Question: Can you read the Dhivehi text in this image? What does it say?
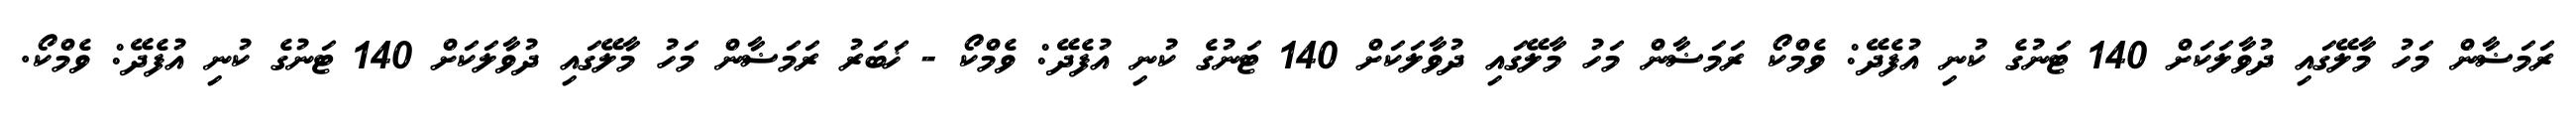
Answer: ރަމަޟާން މަހު މާލޭގައި ދުވާލަކަށް 140 ޓަނުގެ ކުނި އުފެދޭ: ވެމްކޯ ރަމަޟާން މަހު މާލޭގައި ދުވާލަކަށް 140 ޓަނުގެ ކުނި އުފެދޭ: ވެމްކޯ - ޚަބަރު ރަމަޟާން މަހު މާލޭގައި ދުވާލަކަށް 140 ޓަނުގެ ކުނި އުފެދޭ: ވެމްކޯ.